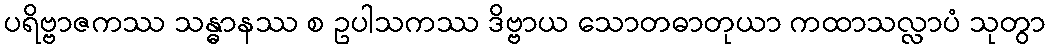
ပရိဗ္ဗာဇကဿ သန္ဓာနဿ စ ဥပါသကဿ ဒိဗ္ဗာယ သောတဓာတုယာ ကထာသလ္လာပံ သုတွာ